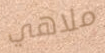
ملاهي